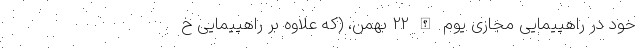
خود در راهپیمایی مجازی یوم الله 22 بهمن، (که علاوه بر راهپیمایی خ